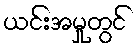
ယင်းအမှုတွင်